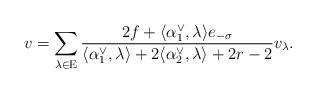
LaTeX: \begin{align*}v = \sum \limits_{\lambda \in \mathrm E} \frac{2f + \langle \alpha_1^\vee, \lambda \rangle e_{-\sigma}}{\langle \alpha_1^\vee, \lambda \rangle + 2\langle \alpha_2^\vee, \lambda \rangle + 2r - 2} v_\lambda.\end{align*}